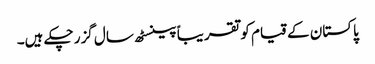
پاکستان کے قیام کو تقریباً پینسٹھ سال گزر چکے ہیں۔